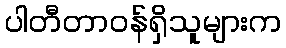
ပါတီတာဝန်ရှိသူများက